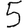
Digit: 5